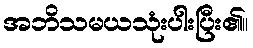
အဘိသမယသုံးပါးပြီး၏။